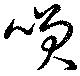
咲